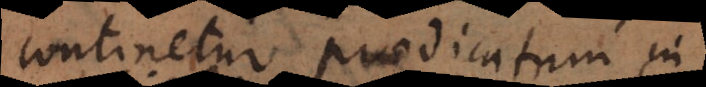
continetur praedicatum in